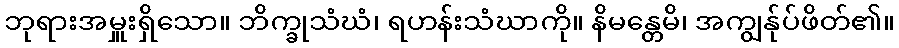
ဘုရားအမှူးရှိသော။ ဘိက္ခုသံဃံ၊ ရဟန်းသံဃာကို။ နိမန္တေမိ၊ အကျွန်ုပ်ဖိတ်၏။